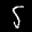
Label: 5